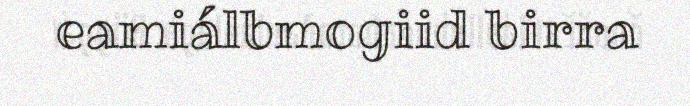
eamiálbmogiid birra